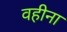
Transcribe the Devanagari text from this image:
वहीना